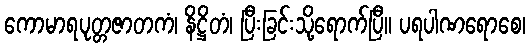
ကောမာရပုတ္တဇာတကံ၊ နိဋ္ဌိတံ၊ ပြီးခြင်းသို့ရောက်ပြီ။ ပရပါဏရောစေ၊